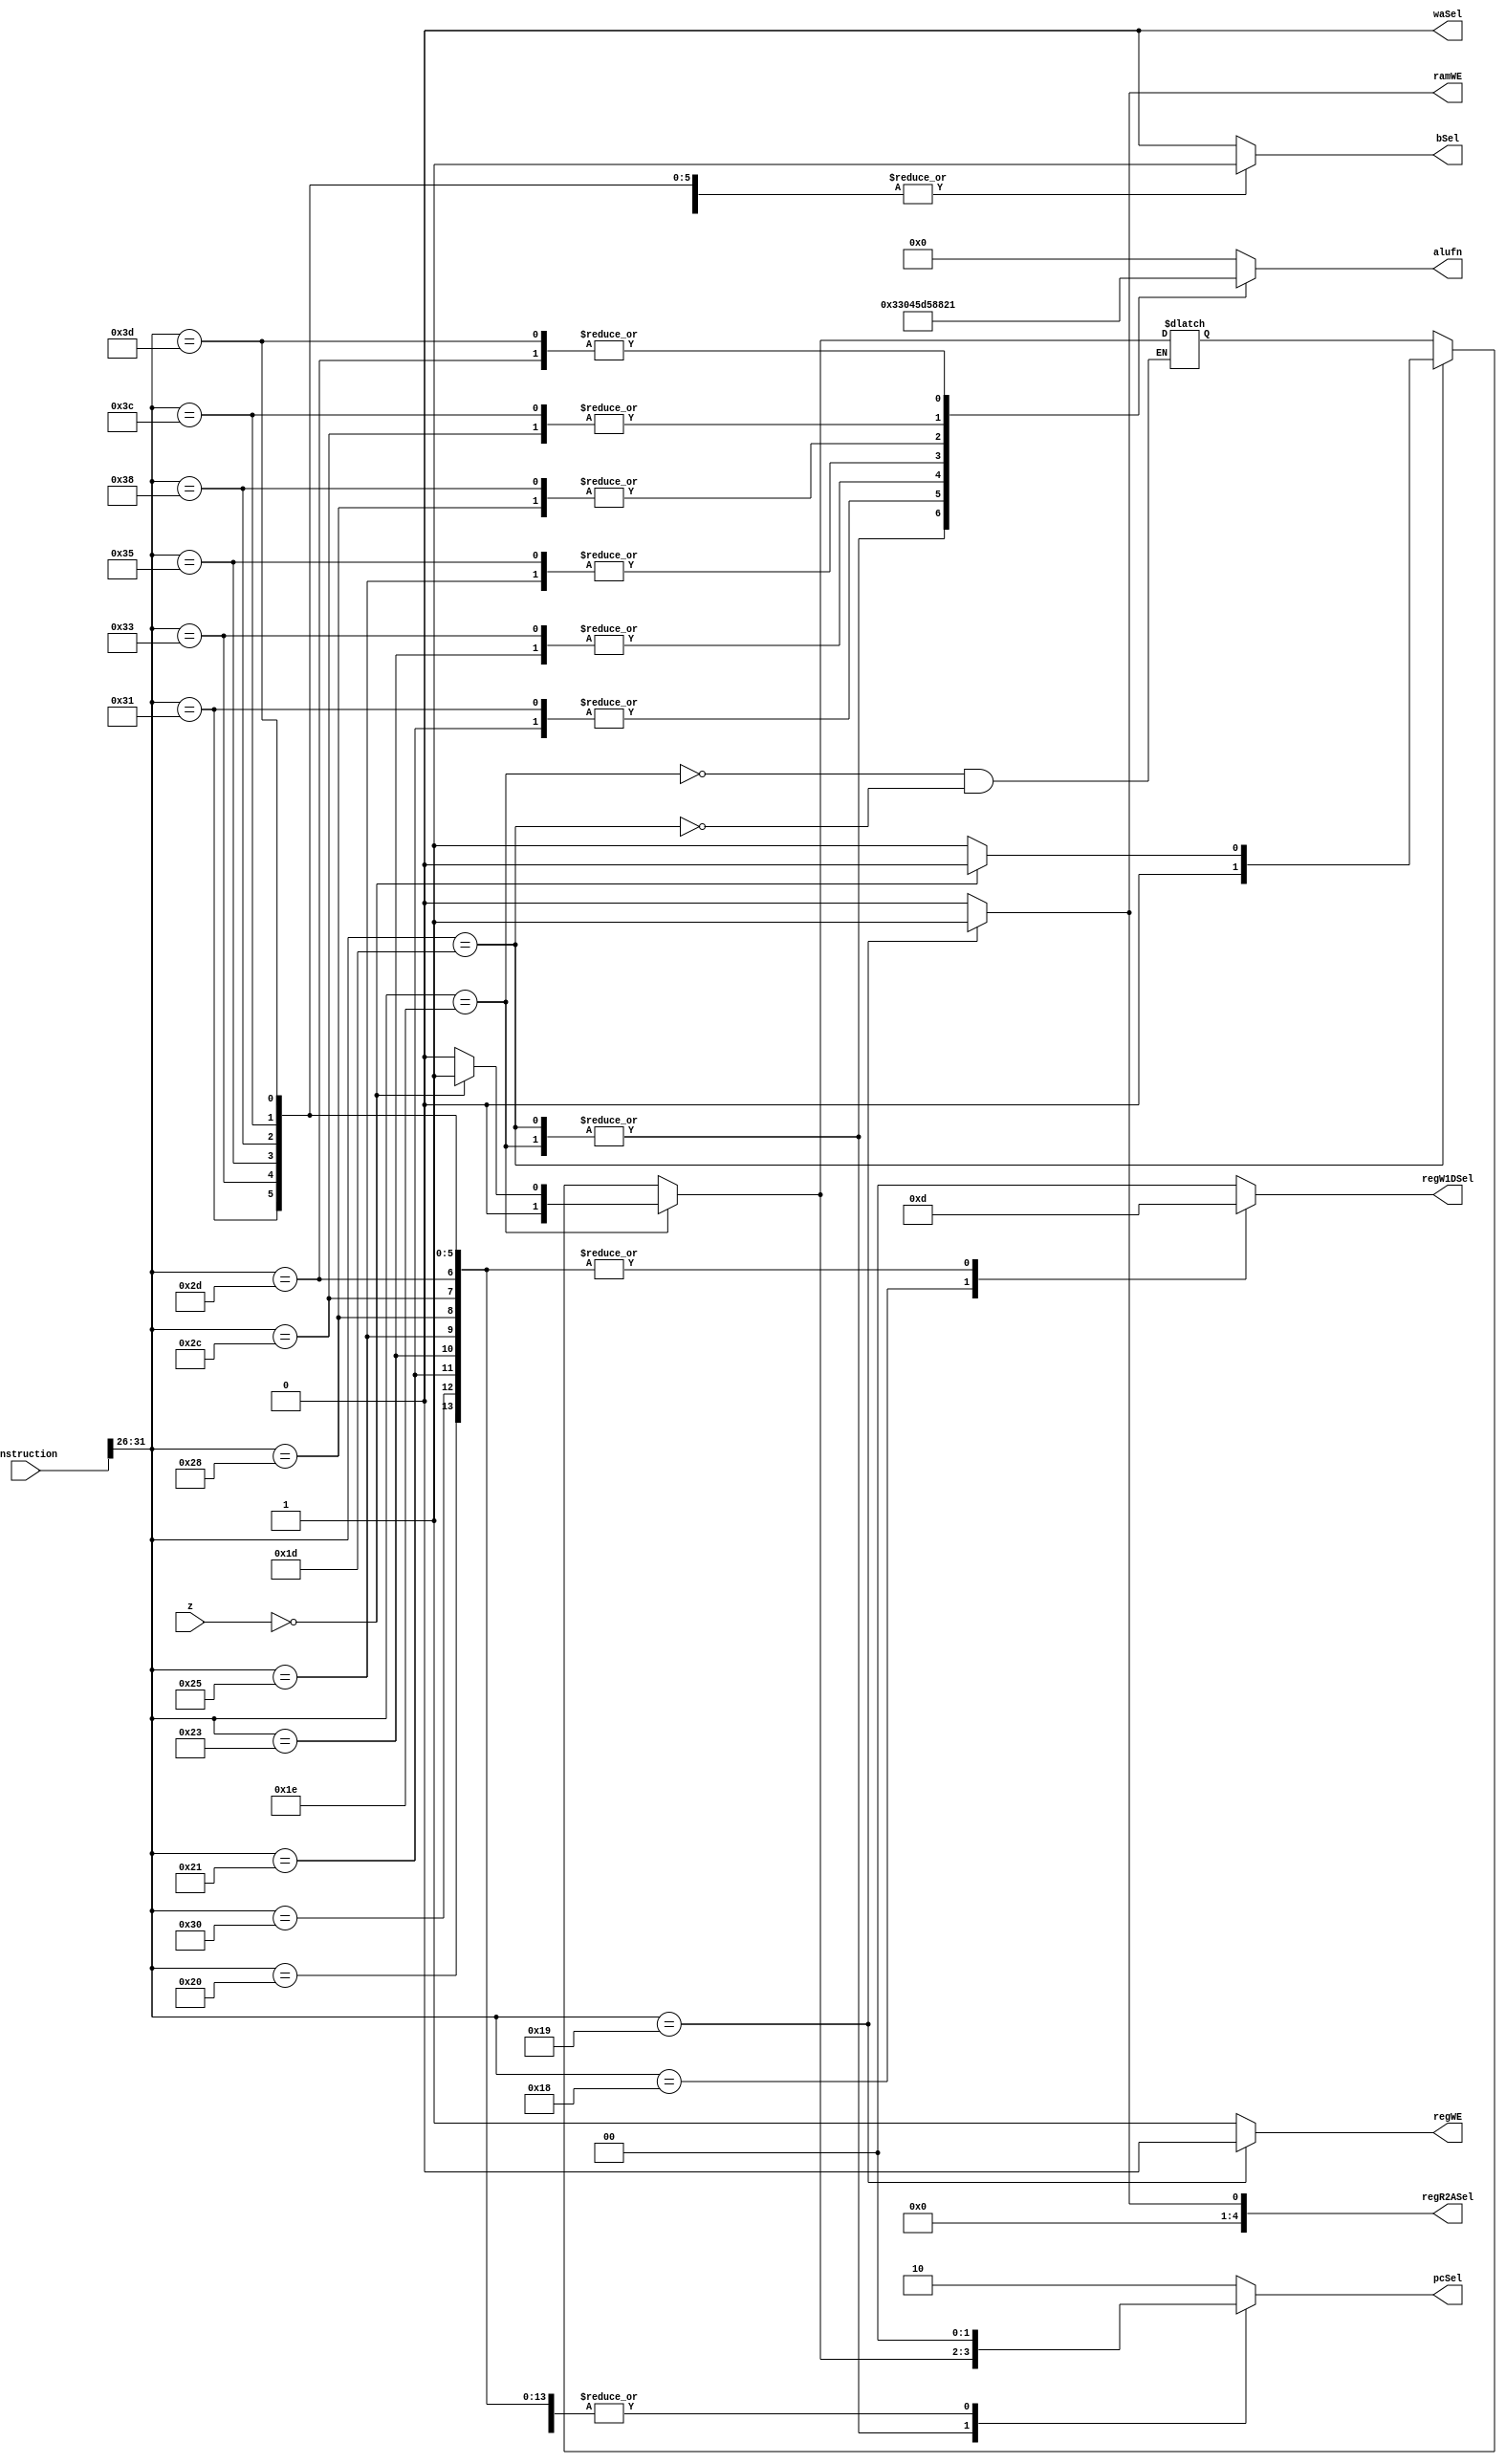
/*
   This file was generated automatically by the Mojo IDE version B1.3.3.
   Do not edit this file directly. Instead edit the original Lucid source.
   This is a temporary file and any changes made to it will be destroyed.
*/

module cu_6 (
    input [31:0] instruction,
    input [31:0] z,
    output reg [1:0] pcSel,
    output reg [5:0] alufn,
    output reg waSel,
    output reg regWE,
    output reg [4:0] regR2ASel,
    output reg [1:0] regW1DSel,
    output reg bSel,
    output reg ramWE
  );
  
  
  
  reg [5:0] opcode;
  
  reg [1:0] beqPc;
  
  always @* begin
    opcode = instruction >> 5'h1a;
    if (opcode == 6'h1d) begin
      if (z == 1'h0) begin
        beqPc = 2'h0;
      end else begin
        beqPc = 2'h1;
      end
    end
    if (opcode == 6'h1e) begin
      if (z == 1'h0) begin
        beqPc = 2'h1;
      end else begin
        beqPc = 2'h0;
      end
    end
    
    case (opcode)
      6'h18: begin
        pcSel = 2'h0;
        alufn = 6'h00;
        waSel = 1'h0;
        regWE = 1'h1;
        regR2ASel = 1'h0;
        regW1DSel = 2'h3;
        bSel = 1'h1;
        ramWE = 1'h0;
      end
      6'h19: begin
        pcSel = 2'h0;
        alufn = 6'h00;
        waSel = 1'h0;
        regWE = 1'h0;
        regR2ASel = 1'h1;
        regW1DSel = 2'h0;
        bSel = 1'h1;
        ramWE = 1'h1;
      end
      6'h1d: begin
        pcSel = beqPc;
        alufn = 6'h33;
        waSel = 1'h0;
        regWE = 1'h1;
        regR2ASel = 1'h0;
        regW1DSel = 2'h0;
        bSel = 1'h0;
        ramWE = 1'h0;
      end
      6'h1e: begin
        pcSel = beqPc;
        alufn = 6'h33;
        waSel = 1'h0;
        regWE = 1'h1;
        regR2ASel = 1'h0;
        regW1DSel = 2'h0;
        bSel = 1'h0;
        ramWE = 1'h0;
      end
      6'h20: begin
        pcSel = 2'h0;
        alufn = 6'h00;
        waSel = 1'h0;
        regWE = 1'h1;
        regR2ASel = 1'h0;
        regW1DSel = 2'h1;
        bSel = 1'h0;
        ramWE = 1'h0;
      end
      6'h21: begin
        pcSel = 2'h0;
        alufn = 6'h01;
        waSel = 1'h0;
        regWE = 1'h1;
        regR2ASel = 1'h0;
        regW1DSel = 2'h1;
        bSel = 1'h0;
        ramWE = 1'h0;
      end
      6'h23: begin
        pcSel = 2'h0;
        alufn = 6'h05;
        waSel = 1'h0;
        regWE = 1'h1;
        regR2ASel = 1'h0;
        regW1DSel = 2'h1;
        bSel = 1'h0;
        ramWE = 1'h0;
      end
      6'h25: begin
        pcSel = 2'h0;
        alufn = 6'h35;
        waSel = 1'h0;
        regWE = 1'h1;
        regR2ASel = 1'h0;
        regW1DSel = 2'h1;
        bSel = 1'h0;
        ramWE = 1'h0;
      end
      6'h28: begin
        pcSel = 2'h0;
        alufn = 6'h18;
        waSel = 1'h0;
        regWE = 1'h1;
        regR2ASel = 1'h0;
        regW1DSel = 2'h1;
        bSel = 1'h0;
        ramWE = 1'h0;
      end
      6'h2c: begin
        pcSel = 2'h0;
        alufn = 6'h20;
        waSel = 1'h0;
        regWE = 1'h1;
        regR2ASel = 1'h0;
        regW1DSel = 2'h1;
        bSel = 1'h0;
        ramWE = 1'h0;
      end
      6'h2d: begin
        pcSel = 2'h0;
        alufn = 6'h21;
        waSel = 1'h0;
        regWE = 1'h1;
        regR2ASel = 1'h0;
        regW1DSel = 2'h1;
        bSel = 1'h0;
        ramWE = 1'h0;
      end
      6'h30: begin
        pcSel = 2'h0;
        alufn = 6'h00;
        waSel = 1'h0;
        regWE = 1'h1;
        regR2ASel = 1'h0;
        regW1DSel = 2'h1;
        bSel = 1'h1;
        ramWE = 1'h0;
      end
      6'h31: begin
        pcSel = 2'h0;
        alufn = 6'h01;
        waSel = 1'h0;
        regWE = 1'h1;
        regR2ASel = 1'h0;
        regW1DSel = 2'h1;
        bSel = 1'h1;
        ramWE = 1'h0;
      end
      6'h33: begin
        pcSel = 2'h0;
        alufn = 6'h05;
        waSel = 1'h0;
        regWE = 1'h1;
        regR2ASel = 1'h0;
        regW1DSel = 2'h1;
        bSel = 1'h1;
        ramWE = 1'h0;
      end
      6'h35: begin
        pcSel = 2'h0;
        alufn = 6'h35;
        waSel = 1'h0;
        regWE = 1'h1;
        regR2ASel = 1'h0;
        regW1DSel = 2'h1;
        bSel = 1'h1;
        ramWE = 1'h0;
      end
      6'h38: begin
        pcSel = 2'h0;
        alufn = 6'h18;
        waSel = 1'h0;
        regWE = 1'h1;
        regR2ASel = 1'h0;
        regW1DSel = 2'h1;
        bSel = 1'h1;
        ramWE = 1'h0;
      end
      6'h3c: begin
        pcSel = 2'h0;
        alufn = 6'h20;
        waSel = 1'h0;
        regWE = 1'h1;
        regR2ASel = 1'h0;
        regW1DSel = 2'h1;
        bSel = 1'h1;
        ramWE = 1'h0;
      end
      6'h3d: begin
        pcSel = 2'h0;
        alufn = 6'h21;
        waSel = 1'h0;
        regWE = 1'h1;
        regR2ASel = 1'h0;
        regW1DSel = 2'h1;
        bSel = 1'h1;
        ramWE = 1'h0;
      end
      default: begin
        pcSel = 2'h2;
        alufn = 6'h00;
        waSel = 1'h0;
        regWE = 1'h1;
        regR2ASel = 1'h0;
        regW1DSel = 2'h0;
        bSel = 1'h0;
        ramWE = 1'h0;
      end
    endcase
  end
endmodule